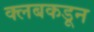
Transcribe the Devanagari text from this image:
क्‍लबकडून